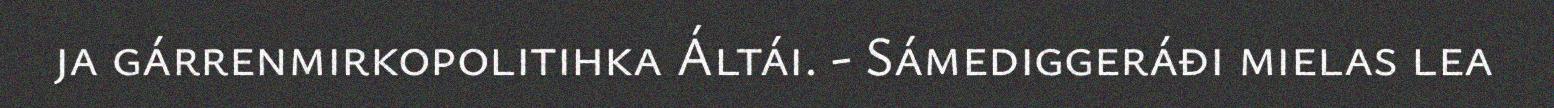
ja gárrenmirkopolitihka Áltái. - Sámediggeráđi mielas lea